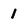
Character: 1